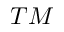
T M